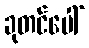
ခုတင်ပေါ်